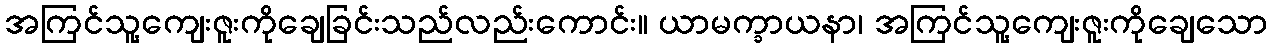
အကြင်သူ့ကျေးဇူးကိုချေခြင်းသည်လည်းကောင်း။ ယာမက္ခာယနာ၊ အကြင်သူ့ကျေးဇူးကိုချေသော